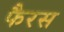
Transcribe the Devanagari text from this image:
फैरस